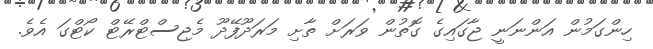
ހިންގަމުން އަންނަނީ ޖާގައިގެ ގޮތުން ވަރަށް ތާށި މަރަދޫފޭދޫ މެޖިސްޓްރޭޓް ކޯޓްގަ އެވެ.